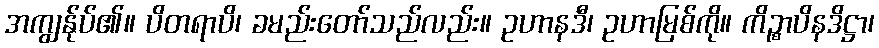
အကျွန်ုပ်၏။ ပိတရာပိ၊ ခမည်းတော်သည်လည်း။ ဥဟာနဒီ၊ ဥဟာမြစ်ကို။ ကိဉ္စာပိနဒိဋ္ဌာ၊